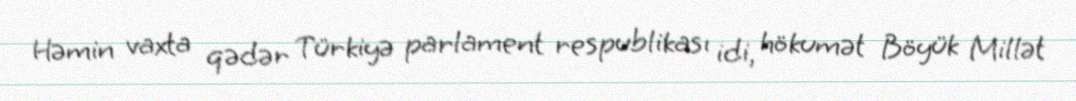
Həmin vaxta qədər Türkiyə parlament respublikası idi, hökumət Böyük Millət